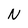
Character: N